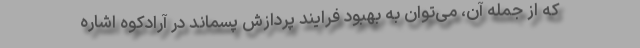
که از جمله آن، می‌توان به بهبود فرایند پردازش پسماند در آرادکوه اشاره